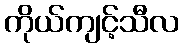
ကိုယ်ကျင့်သီလ